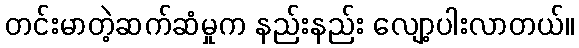
တင်းမာတဲ့ဆက်ဆံမှုက နည်းနည်း လျော့ပါးလာတယ်။